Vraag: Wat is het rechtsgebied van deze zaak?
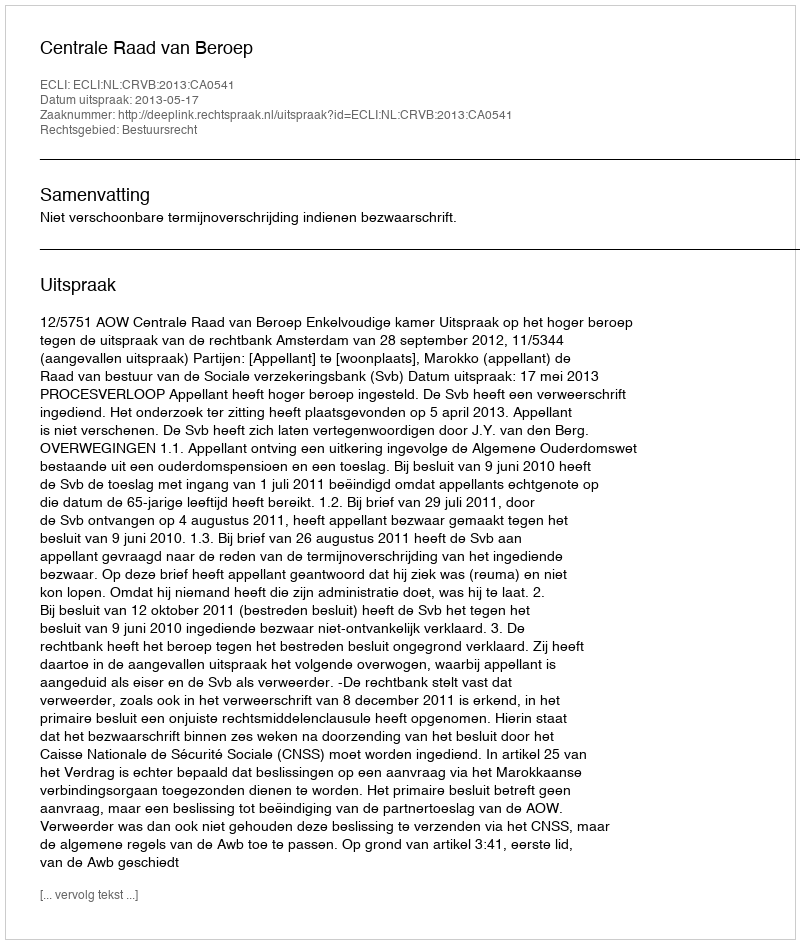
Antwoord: Bestuursrecht